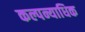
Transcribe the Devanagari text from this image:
कल्पन्याधिक